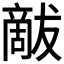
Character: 𰡦